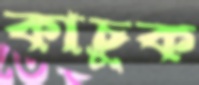
কাচুক